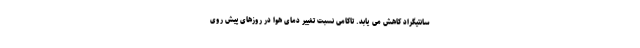
سانتیگراد کاهش می یابد. تاکامی نسبت تغییر دمای هوا در روزهای پیش روی